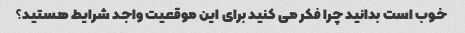
خوب است بدانید چرا فکر می کنید برای این موقعیت واجد شرایط هستید؟